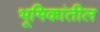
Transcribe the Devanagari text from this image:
भूमिकांतील